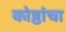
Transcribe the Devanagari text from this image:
कोष्ठांचा